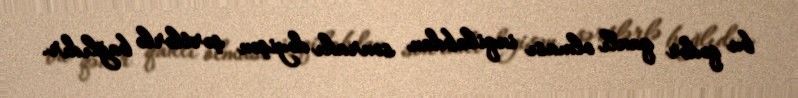
bu qədər qanlı olması inqilabdan sonrakı dəyişən şərtlərlə bağlıdır.